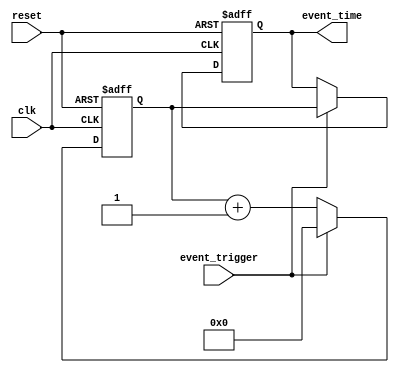
module event_timer (
    input wire clk,
    input wire reset,
    input wire event_trigger,
    output reg [31:0] event_time
);

reg [31:0] counter;

always @(posedge clk or posedge reset) begin
    if (reset) begin
        counter <= 0;
        event_time <= 0;
    end else begin
        counter <= counter + 1;
        if (event_trigger) begin
            event_time <= counter;
            counter <= 0;
        end
    end
end

endmodule